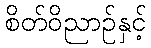
စိတ်ဝိညာဉ်နှင့်